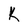
Character: K